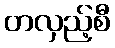
တလှည့်စီ